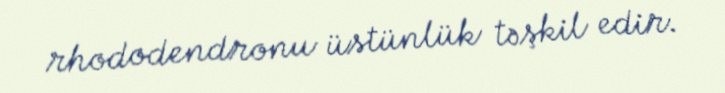
rhododendronu üstünlük təşkil edir.